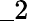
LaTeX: \_ 2